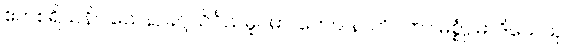
ဧကစရိယနိဝါသေန, ခဂ္ဂသိင်္ဂသမူပမာ၊ တေပိ နာတိဂတာ မစ္စုံ, မာဒိသေသု